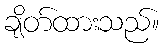
ချိတ်ထားသည်။